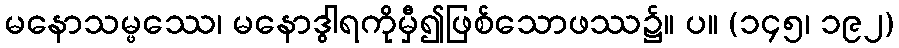
မနောသမ္ဖဿေ၊ မနောဒွါရကိုမှီ၍ဖြစ်သောဖဿ၌။ ပ။ (၁၄၅၊ ၁၉၂)